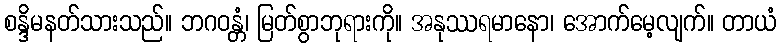
စန္ဒိမနတ်သားသည်။ ဘဂဝန္တံ၊ မြတ်စွာဘုရားကို။ အနုဿရမာနော၊ အောက်မေ့လျက်။ တာယံ